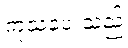
ကုသပေးသည့်